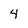
Character: 4